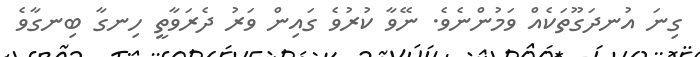
ގިނަ އުނދަގޫތަކެއް ވަމުންނެވެ. ނޭވާ ކުރުވެ ގައިން ވަރު ދެރަވާތީ ހިނގާ ބިނގާވެ